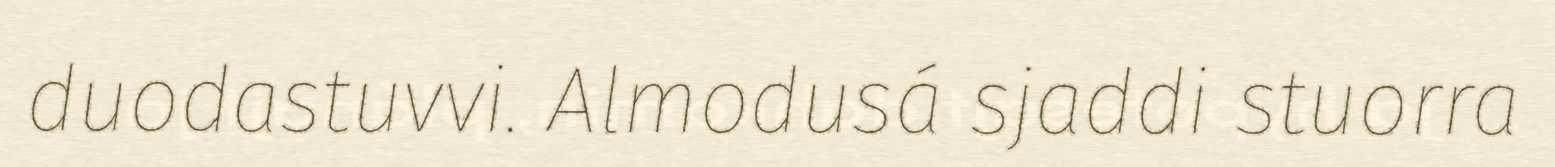
duodastuvvi. Almodusá sjaddi stuorra